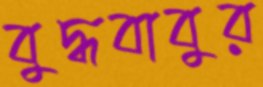
বুদ্ধবাবুর